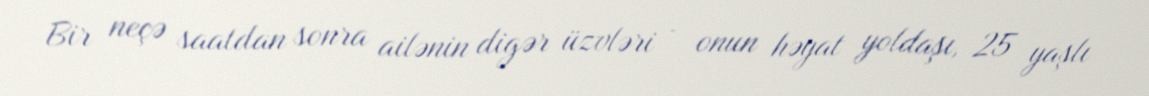
Bir neçə saatdan sonra ailənin digər üzvləri - onun həyat yoldaşı, 25 yaşlı